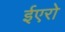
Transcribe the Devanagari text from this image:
ईएरो